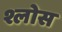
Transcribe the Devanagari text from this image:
श्लोस